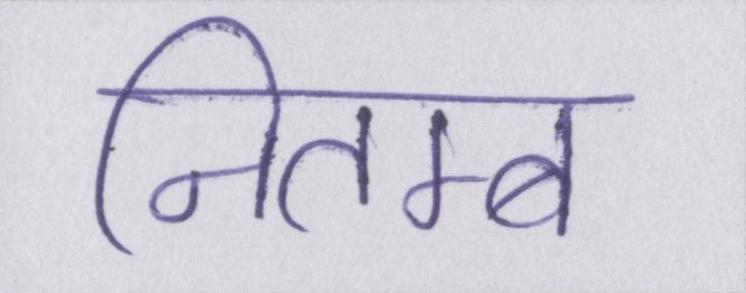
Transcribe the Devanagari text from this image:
नितम्ब